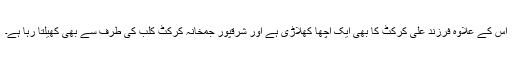
اس کے علاوہ فرزند علی کرکٹ کا بھی ایک اچھا کھلاڑی ہے اور شرقپور جمخانہ کرکٹ کلب کی طرف سے بھی کھیلتا رہا ہے۔